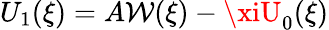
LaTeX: U_{1}(\xi)=A\mathcal{W}(\xi)-\xiU_{0}(\xi)